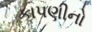
કાપણીનો